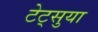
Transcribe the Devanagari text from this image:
टेट्सुया